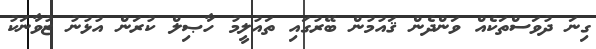
ގިނަ ދުވަސްތަކެއް ވަންދެން ޤައުމުން ބޭރުގައި ތައުލީމު ހާޞިލް ކުރަން އުޅުނު ޒުވާނަކު